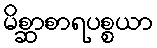
မိစ္ဆာစာရပစ္စယာ